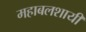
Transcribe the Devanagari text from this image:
महाबलशायी